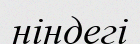
ніндегі